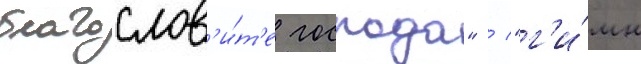
благослов'и́т'е господа" / "г'и́мн